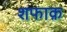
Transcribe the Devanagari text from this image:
शफाक़